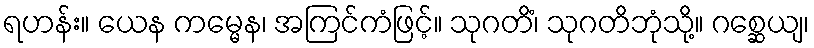
ရဟန်း။ ယေန ကမ္မေန၊ အကြင်ကံဖြင့်။ သုဂတိံ၊ သုဂတိဘုံသို့။ ဂစ္ဆေယျ၊